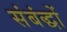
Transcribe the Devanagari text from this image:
संबंद्धों